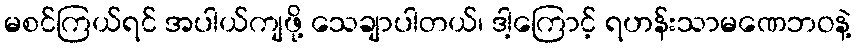
မစင်ကြယ်ရင် အပါယ်ကျဖို့ သေချာပါတယ်၊ ဒါ့ကြောင့် ရဟန်းသာမဏေဘဝနဲ့